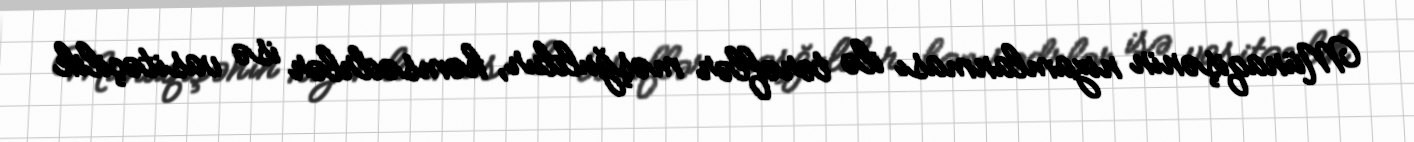
Münaqişənin nizamlanması ilə tərəflər məşğuldur, həmsədrlər isə vasitəçilik